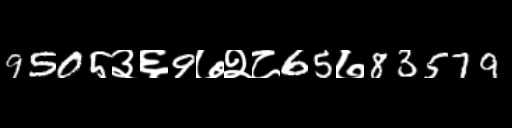
Text: 9505३६9७२८65७83579